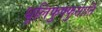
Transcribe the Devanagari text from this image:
धूलिफुफ्फुसार्ति